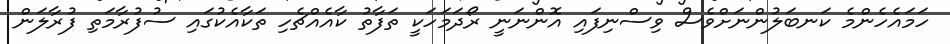
ހަމައެހެންމެ ކަނބަލުންނަށްވެސް ވިސްނިފައި އޮންނަނީ ރޯދަމަހަކީ ތަފާތު ކާއެއްޗެހި ތަކާއެކުގައި ސުފުރާމަތި ފުރާލަން